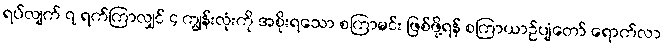
ရပ်လျက် ၇ ရက်ကြာလျှင် ၄ ကျွန်းလုံးကို အစိုးရသော စကြာမင်း ဖြစ်ဖို့ရန် စကြာယာဉ်ပျံတော် ရောက်လာ